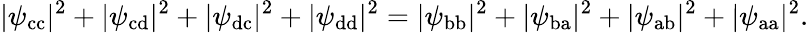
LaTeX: |\psi_{\mathrm{cc}}|^{2}+|\psi_{\mathrm{cd}}|^{2}+|\psi_{\mathrm{dc}}|^{2}+|\psi_{\mathrm{dd}}|^{2}=|\psi_{\mathrm{bb}}|^{2}+|\psi_{\mathrm{ba}}|^{2}+|\psi_{\mathrm{ab}}|^{2}+|\psi_{\mathrm{aa}}|^{2}.